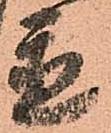
置